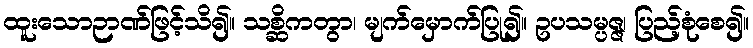
ထူးသောဉာဏ်ဖြင့်သိ၍။ သစ္ဆိကတွာ၊ မျက်မှောက်ပြု၍။ ဥပသမ္ပဇ္ဇ၊ ပြည့်စုံစေ၍။